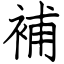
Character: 補